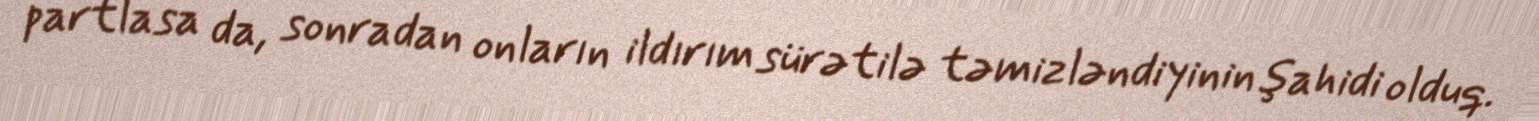
partlasa da, sonradan onların ildırım sürətilə təmizləndiyinin şahidi olduq.